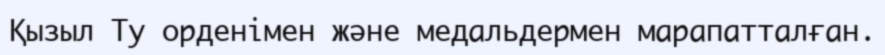
Қызыл Ту орденімен және медальдермен марапатталған.